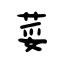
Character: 荽